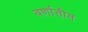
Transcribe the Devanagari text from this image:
वर्णातीत